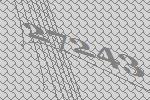
27243